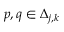
p , q \in \Delta _ { j , k }